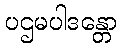
ပဌမပါဒန္တော